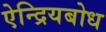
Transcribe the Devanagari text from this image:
ऐन्द्रियबोध